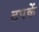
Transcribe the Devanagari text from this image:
टपकें